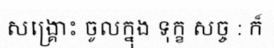
សង្គ្រោះ ចូលក្នុង ទុក្ខ សច្ច : ក៏